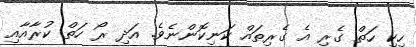
ހިކި ހަތް ގެރި އެ ގެރިތައް ކަނިކޮންނެވެ. އަދި ރޯ ހަތް ކުރާއާއި